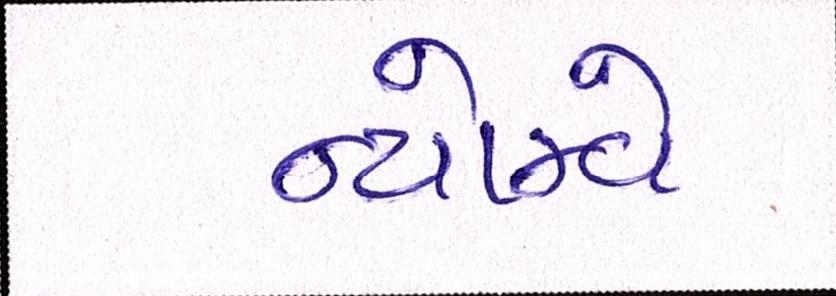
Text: ન્યોમ્વે